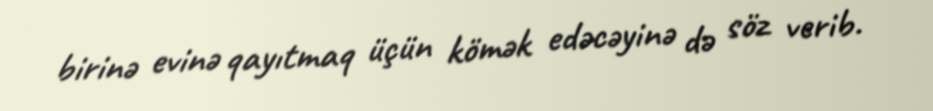
birinə evinə qayıtmaq üçün kömək edəcəyinə də söz verib.